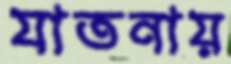
যাতনায়